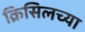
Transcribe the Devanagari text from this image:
क्रिसिलच्या